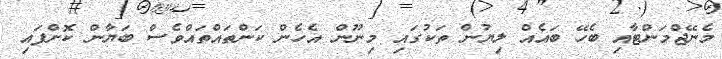
މެނޭޖްމަންޓާއި ބެހޭ ބައެއް ލިޔުން ތަކުގައި މިނޫން އެހެން ކަންތައްތައްވެސް ބަޔާން ކޮށްފައި